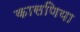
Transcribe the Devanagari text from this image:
कासणिया